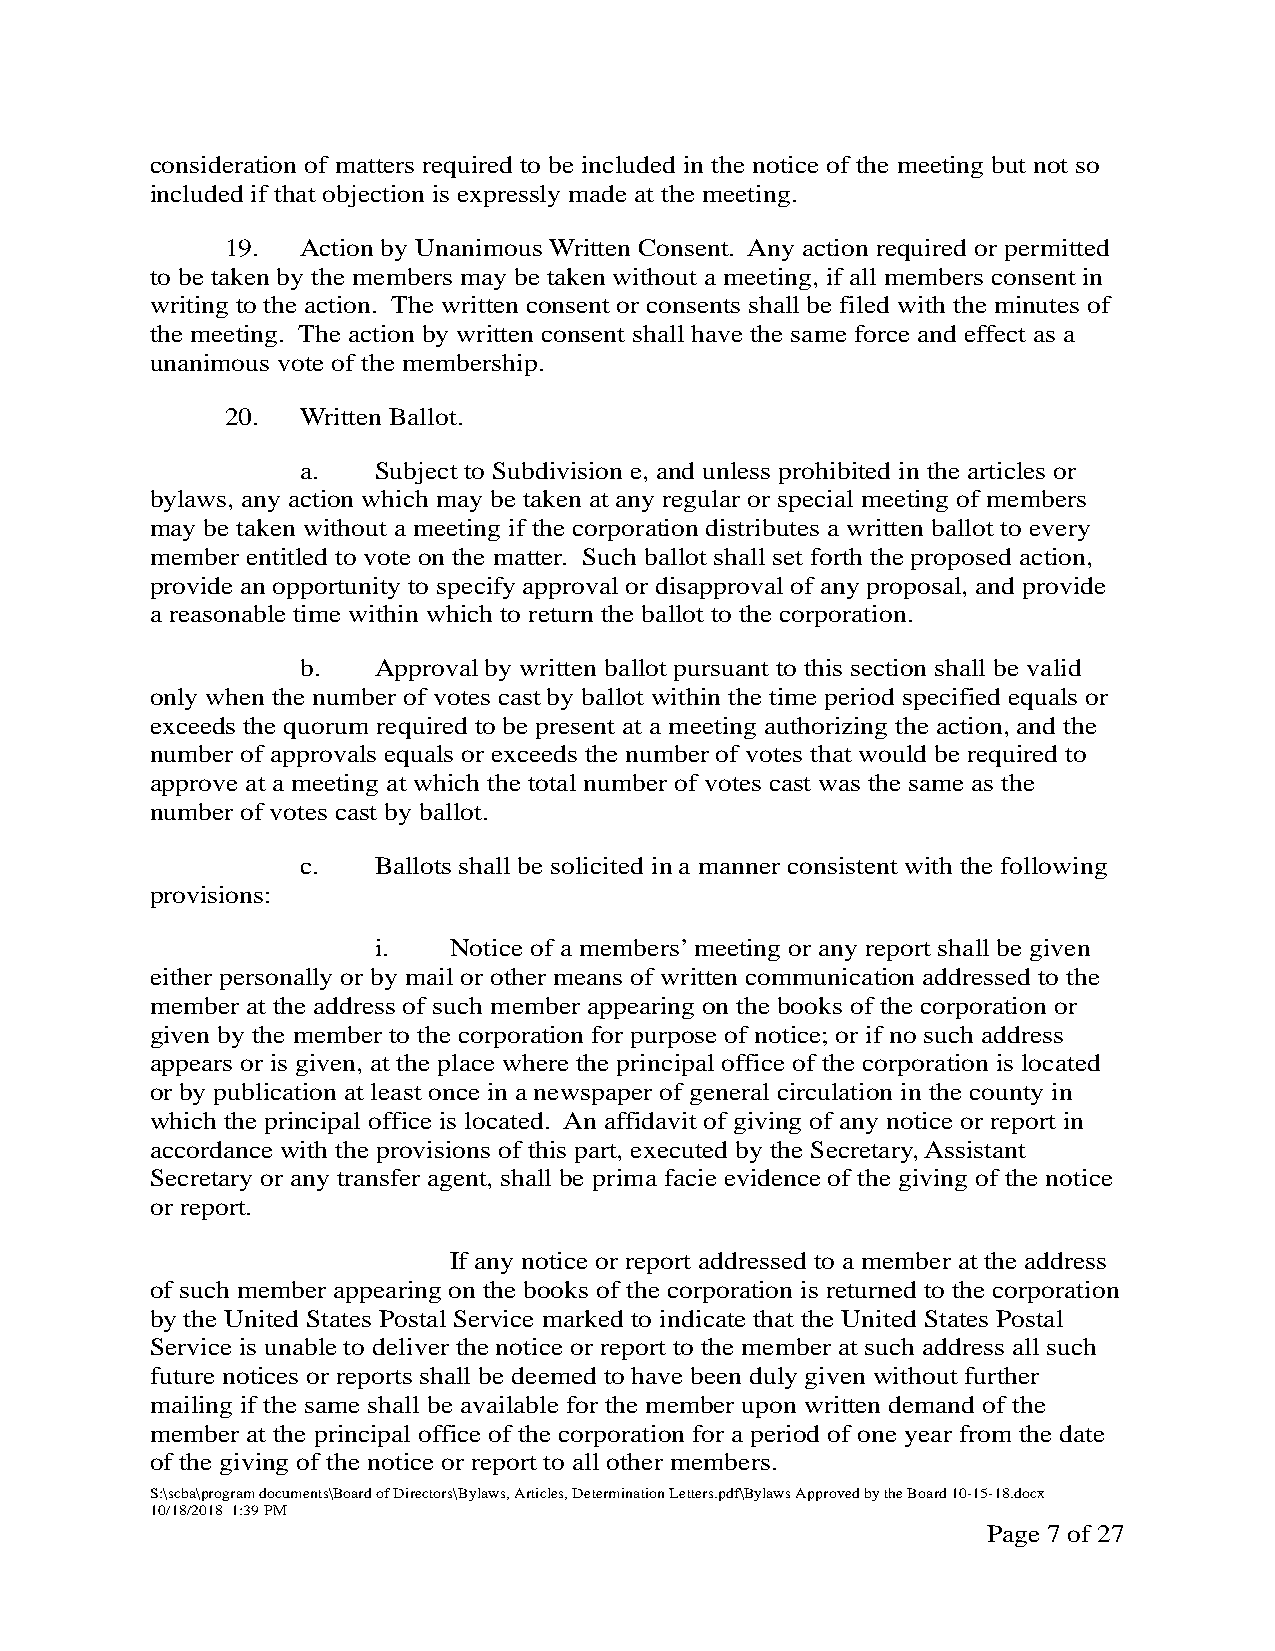
consideration of matters required to be included in the notice of the meeting but not so
 included if that objection is expressly made at the meeting.
 19.  Action by Unanimous Written Consent. Any action required or permitted
 to be taken by the members may be taken without a meeting, if all members consent in
 writing to the action. The written consent or consents shall be filed with the minutes of
 the meeting. The action by written consent shall have the same force and effect as a
 unanimous vote of the membership.
 20.  Written Ballot.
 a.   Subject to Subdivision e, and unless prohibited in the articles or
 bylaws, any action which may be taken at any regular or special meeting of members
 may be taken without a meeting if the corporation distributes a written ballot to every
 member entitled to vote on the matter. Such ballot shall set forth the proposed action,
 provide an opportunity to specify approval or disapproval of any proposal, and provide
 a reasonable time within which to return the ballot to the corporation.
 b.   Approval by written ballot pursuant to this section shall be valid
 only when the number of votes cast by ballot within the time period specified equals or
 exceeds the quorum required to be present at a meeting authorizing the action, and the
 number of approvals equals or exceeds the number of votes that would be required to
 approve at a meeting at which the total number of votes cast was the same as the
 number of votes cast by ballot.
 c.   Ballots shall be solicited in a manner consistent with the following
 provisions:
 i.   Notice of a members’ meeting or any report shall be given
 either personally or by mail or other means of written communication addressed to the
 member at the address of such member appearing on the books of the corporation or
 given by the member to the corporation for purpose of notice; or if no such address
 appears or is given, at the place where the principal office of the corporation is located
 or by publication at least once in a newspaper of general circulation in the county in
 which the principal office is located. An affidavit of giving of any notice or report in
 accordance with the provisions of this part, executed by the Secretary, Assistant
 Secretary or any transfer agent, shall be prima facie evidence of the giving of the notice
 or report.
 If any notice or report addressed to a member at the address
 of such member appearing on the books of the corporation is returned to the corporation
 by the United States Postal Service marked to indicate that the United States Postal
 Service is unable to deliver the notice or report to the member at such address all such
 future notices or reports shall be deemed to have been duly given without further
 mailing if the same shall be available for the member upon written demand of the
 member at the principal office of the corporation for a period of one year from the date
 of the giving of the notice or report to all other members.
 S:\scba\program documents\Board of Directors\Bylaws, Articles, Determination Letters.pdf\Bylaws Approved by the Board 10-15-18.docx
 10/18/2018 1:39 PM
 Page 7 of 27